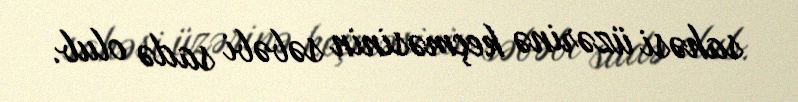
sahəsi üzərinə keçməsinin səbəbi sadə olub.